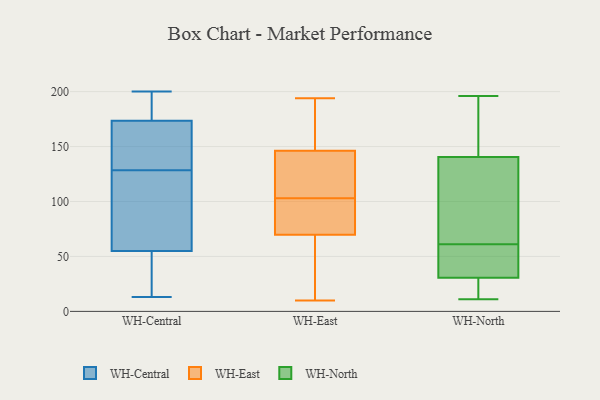
{"axis": {"x": "Gross Profit (USD K)", "y": "Value"}, "legend": ["WH-Central", "WH-East", "WH-North"], "data": [{"x": "", "y": 35, "type": "WH-Central"}, {"x": "", "y": 75, "type": "WH-Central"}, {"x": "", "y": 176, "type": "WH-Central"}, {"x": "", "y": 132, "type": "WH-Central"}, {"x": "", "y": 157, "type": "WH-Central"}, {"x": "", "y": 200, "type": "WH-Central"}, {"x": "", "y": 54, "type": "WH-Central"}, {"x": "", "y": 192, "type": "WH-Central"}, {"x": "", "y": 39, "type": "WH-Central"}, {"x": "", "y": 125, "type": "WH-Central"}, {"x": "", "y": 71, "type": "WH-Central"}, {"x": "", "y": 32, "type": "WH-Central"}, {"x": "", "y": 13, "type": "WH-Central"}, {"x": "", "y": 171, "type": "WH-Central"}, {"x": "", "y": 56, "type": "WH-Central"}, {"x": "", "y": 169, "type": "WH-Central"}, {"x": "", "y": 182, "type": "WH-Central"}, {"x": "", "y": 135, "type": "WH-Central"}, {"x": "", "y": 77, "type": "WH-Central"}, {"x": "", "y": 196, "type": "WH-Central"}, {"x": "", "y": 142, "type": "WH-East"}, {"x": "", "y": 93, "type": "WH-East"}, {"x": "", "y": 159, "type": "WH-East"}, {"x": "", "y": 69, "type": "WH-East"}, {"x": "", "y": 33, "type": "WH-East"}, {"x": "", "y": 82, "type": "WH-East"}, {"x": "", "y": 85, "type": "WH-East"}, {"x": "", "y": 117, "type": "WH-East"}, {"x": "", "y": 10, "type": "WH-East"}, {"x": "", "y": 106, "type": "WH-East"}, {"x": "", "y": 168, "type": "WH-East"}, {"x": "", "y": 41, "type": "WH-East"}, {"x": "", "y": 122, "type": "WH-East"}, {"x": "", "y": 194, "type": "WH-East"}, {"x": "", "y": 103, "type": "WH-East"}, {"x": "", "y": 70, "type": "WH-East"}, {"x": "", "y": 175, "type": "WH-East"}, {"x": "", "y": 161, "type": "WH-North"}, {"x": "", "y": 46, "type": "WH-North"}, {"x": "", "y": 53, "type": "WH-North"}, {"x": "", "y": 143, "type": "WH-North"}, {"x": "", "y": 168, "type": "WH-North"}, {"x": "", "y": 30, "type": "WH-North"}, {"x": "", "y": 69, "type": "WH-North"}, {"x": "", "y": 138, "type": "WH-North"}, {"x": "", "y": 76, "type": "WH-North"}, {"x": "", "y": 118, "type": "WH-North"}, {"x": "", "y": 196, "type": "WH-North"}, {"x": "", "y": 20, "type": "WH-North"}, {"x": "", "y": 34, "type": "WH-North"}, {"x": "", "y": 25, "type": "WH-North"}, {"x": "", "y": 41, "type": "WH-North"}, {"x": "", "y": 31, "type": "WH-North"}, {"x": "", "y": 96, "type": "WH-North"}, {"x": "", "y": 11, "type": "WH-North"}, {"x": "", "y": 23, "type": "WH-North"}, {"x": "", "y": 170, "type": "WH-North"}]}